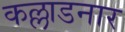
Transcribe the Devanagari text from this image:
कल्लाडनार